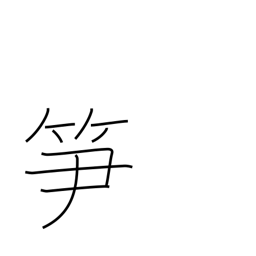
Meaning: bamboo shoot